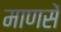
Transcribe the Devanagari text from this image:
माणसें